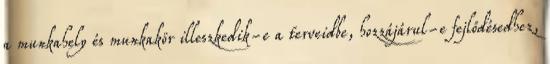
a munkahely és munkakör illeszkedik-e a terveidbe, hozzájárul-e fejlődésedhez,